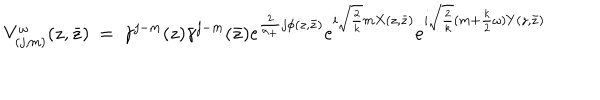
V _ { ( j , m ) } ^ { \omega } ( z , \bar { z } ) ~ = ~ \gamma ^ { j - m } ( z ) \bar { \gamma } ^ { j - m } ( \bar { z } ) e ^ { \frac 2 { \alpha _ { + } } j \phi ( z , \bar { z } ) } e ^ { i \sqrt { \frac { 2 } { k } } m X ( z , \bar { z } ) } e ^ { i \sqrt { \frac { 2 } { k } } ( m + { \frac { k } { 2 } } \omega ) Y ( z , \bar { z } ) }